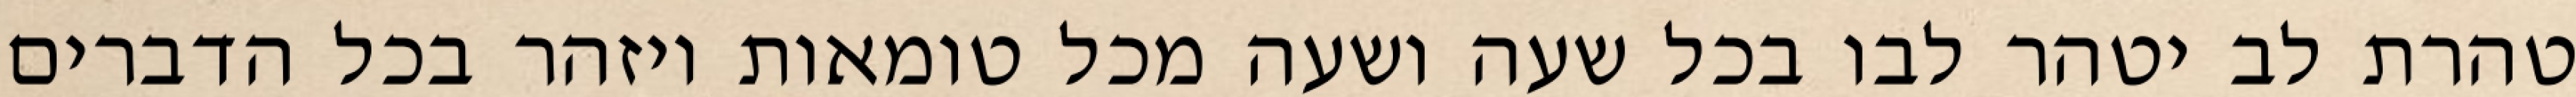
טהרת לב יטהר לבו בכל שעה ושעה מכל טומאות ויזהר בכל הדברים